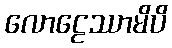
လောဠေဿာမိပိ